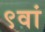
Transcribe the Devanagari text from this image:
९वां